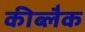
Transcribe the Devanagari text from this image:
कीब्लैक